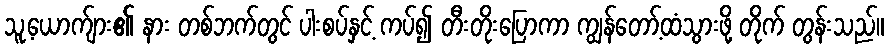
သူ့ယောက်ျား၏ နား တစ်ဘက်တွင် ပါးစပ်နှင့် ကပ်၍ တီးတိုးပြောကာ ကျွန်တော့်ထံသွားဖို့ တိုက် တွန်းသည်။